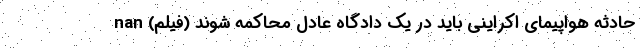
حادثه هواپیمای اکراینی باید در یک دادگاه عادل محاکمه شوند (فیلم) nan